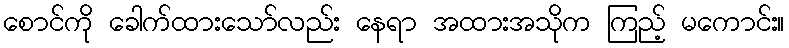
စောင်ကို ခေါက်ထားသော်လည်း နေရာ အထားအသိုက ကြည့် မကောင်း။